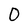
Character: 0